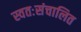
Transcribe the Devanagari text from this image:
स्वतःसंचालित